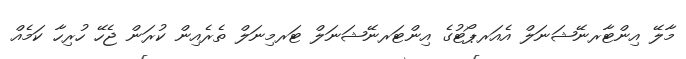
މާލޭ އިންޓާރނޭޝަނަލް އެއަރޕޯޓުގެ އިންޓަރނޭޝަނަލް ޓަރމިނަލް ތެރެއިން ކުރަން ޖެހޭ ހުރިހާ ކަމެއް